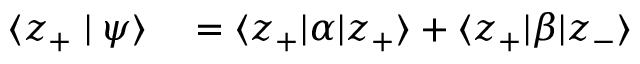
\begin{array} { r l } { \langle z _ { + } \mid \psi \rangle } & { { } = \langle z _ { + } | \alpha | z _ { + } \rangle + \langle z _ { + } | \beta | z _ { - } \rangle } \end{array}